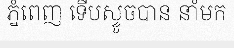
ភ្នំពេញ ទើបស្ទូចបាន នាំមក